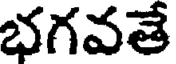
భగవతే